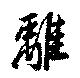
離